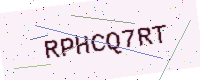
Text: RPHCQ7RT